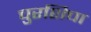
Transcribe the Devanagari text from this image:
चुरशिचा